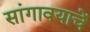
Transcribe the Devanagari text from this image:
सांगावयाचें